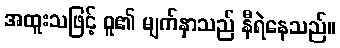
အထူးသဖြင့် ဝူ၏ မျက်နှာသည် နီရဲနေသည်။